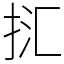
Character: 㧟